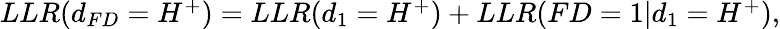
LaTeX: \begin{array}{r}{LLR(d_{FD}=H^{+})=LLR(d_{1}=H^{+})+LLR(FD=1|d_{1}=H^{+}),}\end{array}